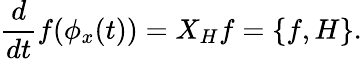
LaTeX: {\frac{d}{dt}}f(\phi_{x}(t))=X_{H}f=\{ f,H\} .